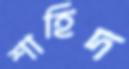
শাহিদ